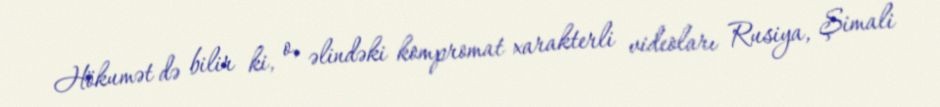
Hökumət də bilir ki, o, əlindəki kompromat xarakterli videoları Rusiya, Şimali